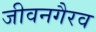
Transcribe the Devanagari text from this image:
जीवनगैरव